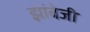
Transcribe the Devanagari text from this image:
झांबेजी